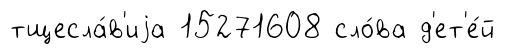
тщесла́в'иjа 15271608 сло́ва д'ет'е́й